Annual statistical returns and brief notes on vaccination in Bengal - 1909-1929
Year: 1909
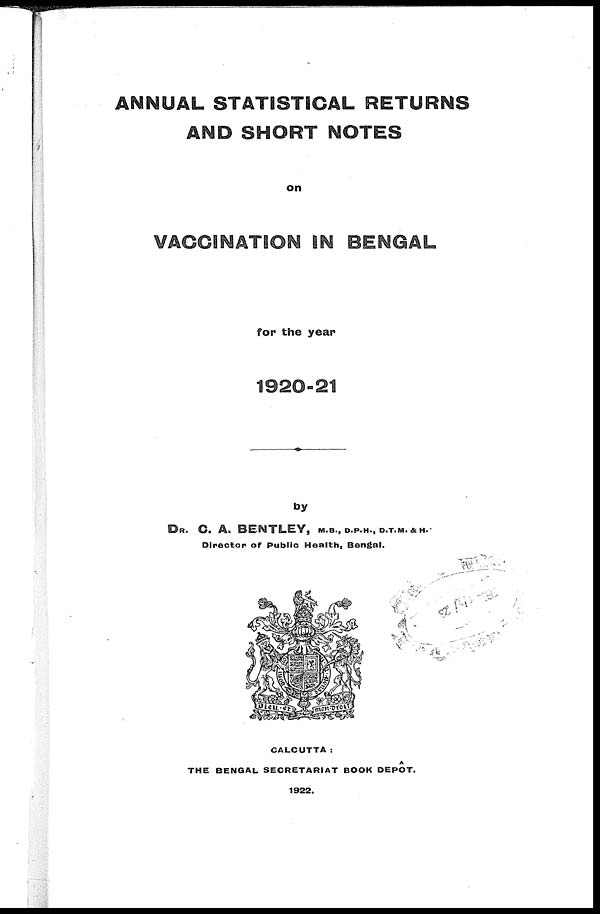
ANNUAL STATISTICAL RETURNS
AND SHORT NOTES
on
VACCINATION IN BENGAL
for the year
1920-21
by
DR. C. A. BENTLEY, M.B., D.P.H., D.T.M. &H.
Director of Public Health, Bengal.
CALCUTTA :
THE BENGAL SECRETARIAT BOOK DEPÔT.
1922.